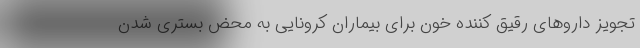
تجویز داروهای رقیق کننده خون برای بیماران کرونایی به محض بستری شدن